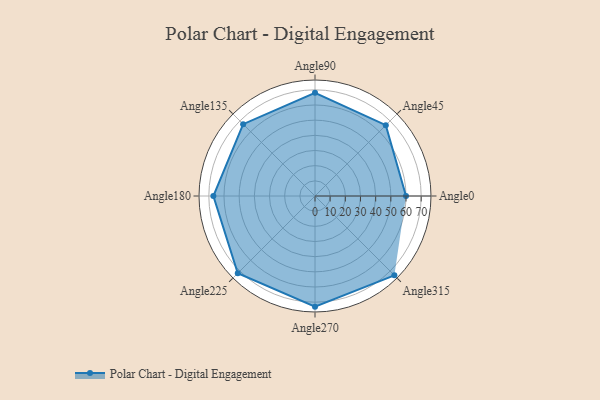
{"axis": {"x": "Angle", "y": "Radius"}, "legend": [""], "data": [{"x": "Angle0", "y": 60.0, "type": ""}, {"x": "Angle45", "y": 66.0, "type": ""}, {"x": "Angle90", "y": 68.0, "type": ""}, {"x": "Angle135", "y": 67.0, "type": ""}, {"x": "Angle180", "y": 67.0, "type": ""}, {"x": "Angle225", "y": 72.0, "type": ""}, {"x": "Angle270", "y": 73.0, "type": ""}, {"x": "Angle315", "y": 74.0, "type": ""}]}